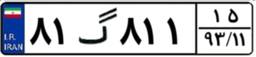
۸۱گ۸۱۱۱۵